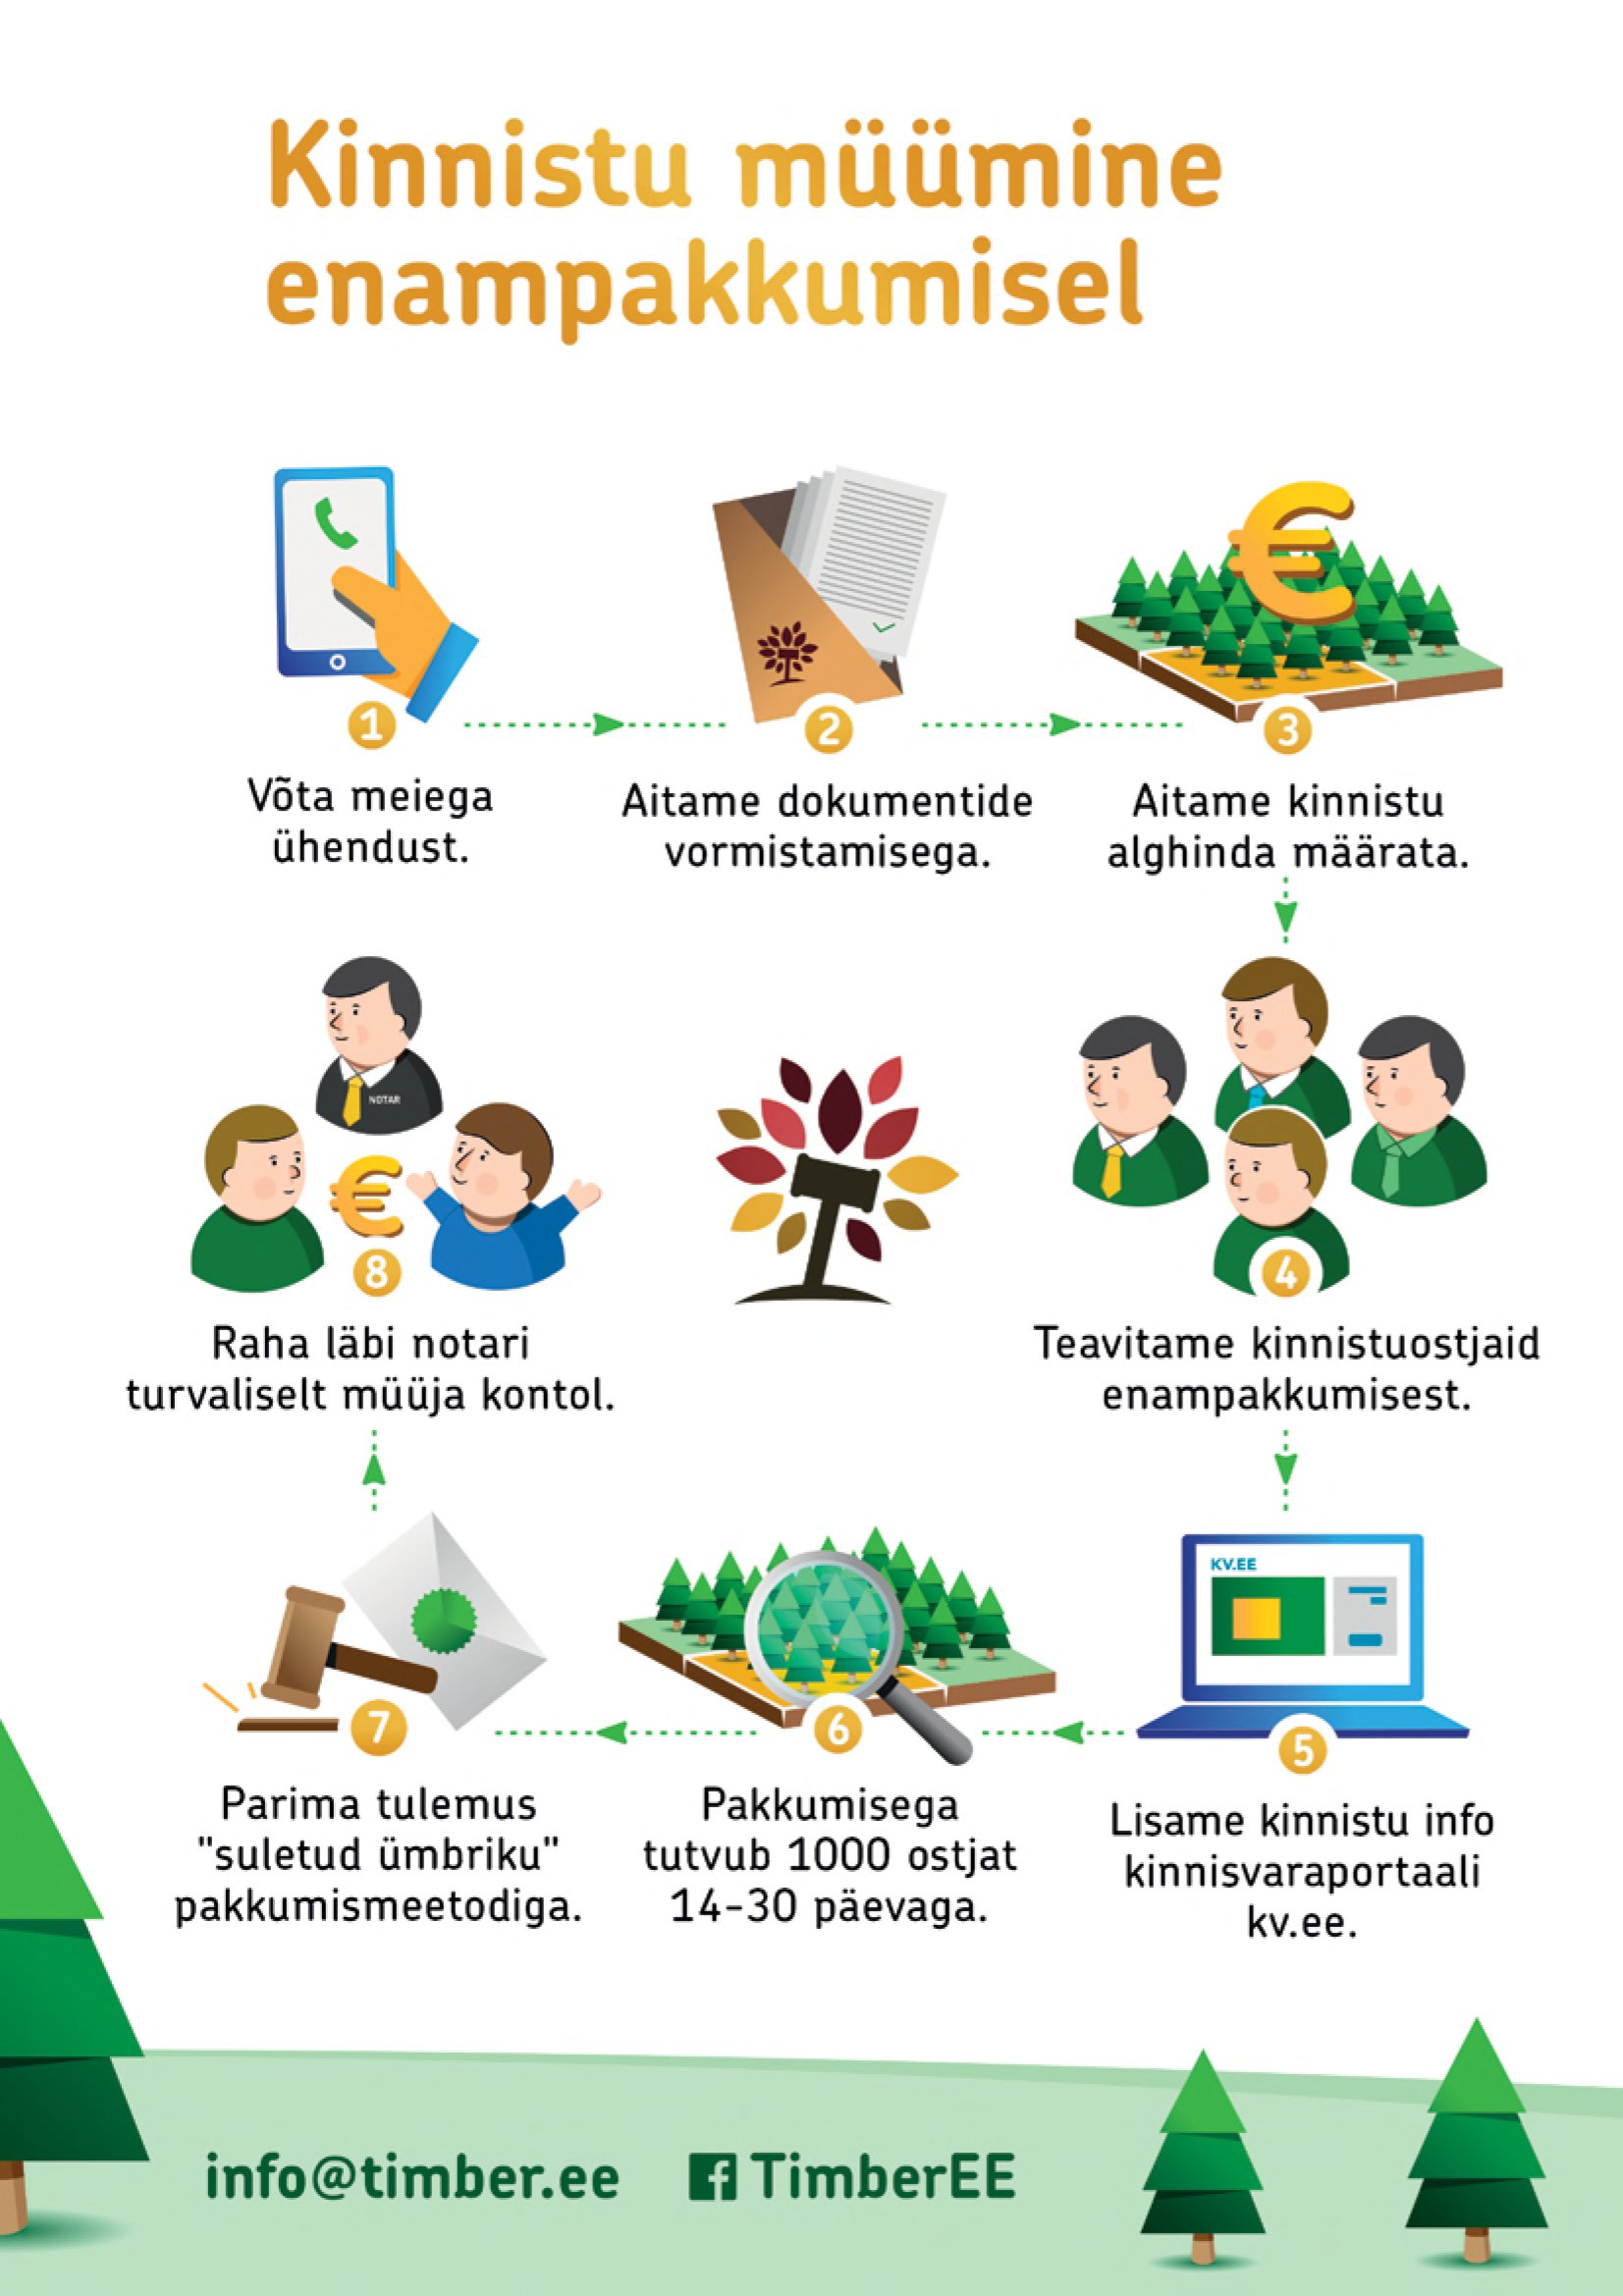
Language: et